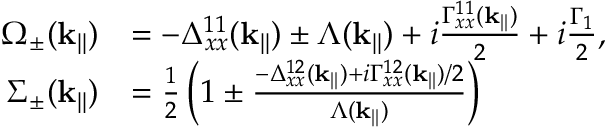
\begin{array} { r l } { \Omega _ { \pm } ( \mathbf { k } _ { | | } ) } & { = - \Delta _ { x x } ^ { 1 1 } ( \mathbf { k } _ { | | } ) \pm \Lambda ( \mathbf { k } _ { | | } ) + i \frac { \Gamma _ { x x } ^ { 1 1 } ( \mathbf { k } _ { | | } ) } { 2 } + i \frac { \Gamma _ { 1 } } { 2 } , } \\ { \Sigma _ { \pm } ( \mathbf { k } _ { | | } ) } & { = \frac { 1 } { 2 } \left( 1 \pm \frac { - \Delta _ { x x } ^ { 1 2 } ( \mathbf { k } _ { | | } ) + i \Gamma _ { x x } ^ { 1 2 } ( \mathbf { k } _ { | | } ) / 2 } { \Lambda ( \mathbf { k } _ { | | } ) } \right) } \end{array}